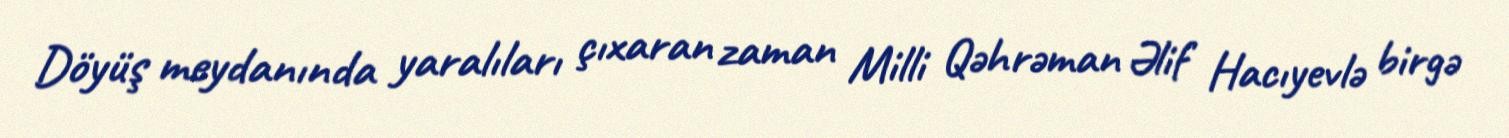
Döyüş meydanında yaralıları çıxaran zaman Milli Qəhrəman Əlif Hacıyevlə birgə